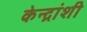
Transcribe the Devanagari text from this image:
केन्द्रांशी